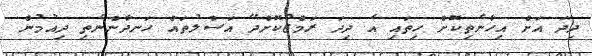
ދިދަ އަށް އިހާނެތިކޮށް ހިތައި އެ ދިދަ ރަމްޒުކޮށްދޭ އަސްލުތައް ހަނދާންނެތި ދިއުމުން